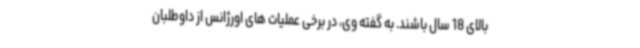
بالای 18 سال باشند. به گفته وی، در برخی عملیات های اورژانس از داوطلبان